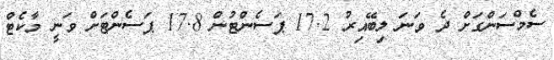
ސެމްސަންގަށް ދެ ވަނަ ލިބޭއިރު 17.2 ޕަސެންޓުން 17.8 ޕަސެންޓަށް ވަނީ މާކެޓް